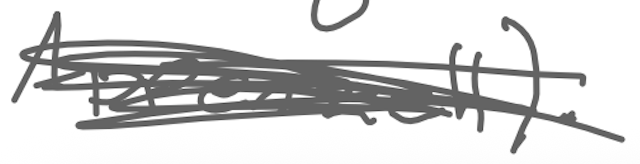
Text: Appenzell).
Cross-out: scratch
Writing tool: digital_gray